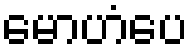
မောဟံပေ